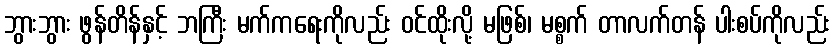
ဘွားဘွား ဖွန်တိန်နှင့် ဘကြီး မက်ကရေးကိုလည်း ဝင်ထိုးလို့ မဖြစ်၊ မစ္စက် တာလက်တန် ပါးစပ်ကိုလည်း